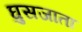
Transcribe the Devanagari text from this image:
घुसजाता